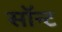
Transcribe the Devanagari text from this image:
सॉन्ट